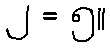
၂ = ၅။